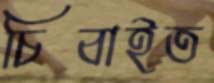
চিবাইত